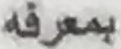
بمعرفه